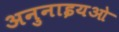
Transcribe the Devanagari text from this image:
अनुनाइयओ